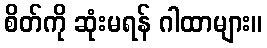
စိတ်ကို ဆုံးမရန် ဂါထာများ။